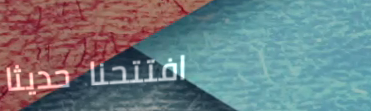
افتتحنا حديثاً